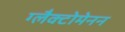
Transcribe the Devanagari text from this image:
ग्लैक्टोमेनन